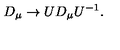
D _ { \mu } \rightarrow U D _ { \mu } U ^ { - 1 } { . }